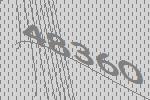
48360